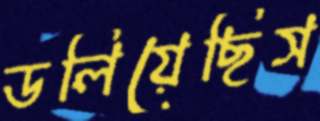
ডলিয়েছিস